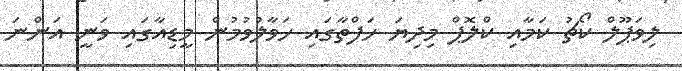
ލިވަޕޫލް ކޯޗު ކަމާއި ކްލޮޕް މިދިޔަ ހަފްތާގައި ހަވާލުވުމުން މީޑިއާގައި ވަނީ އަންނަ